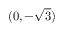
( 0 , - { \sqrt { 3 } } )